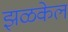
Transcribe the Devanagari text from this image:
झळकेल